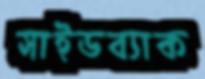
সাইডব্যাক